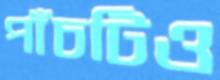
পাঁচটিও